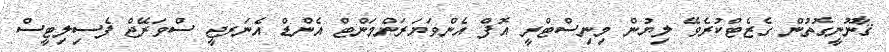
ޤާނޫނީގޮތުން ގެޒެޓްކުރެވޭ ލިޔުން މިނިސްޓްރީ އޮފް އެންވަޔަރަންމަންޓް އެންޑް އެނަރޖީ ސްވަރޭޖް ފެސިލިޓީސް